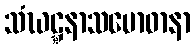
သံဃဋ္ဋနာသမောဓာနာ